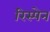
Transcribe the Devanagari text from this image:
रिस्पेन